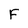
Character: F